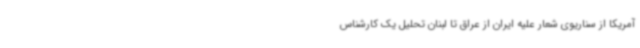
آمریکا از سناریوی شعار علیه ایران از عراق تا لبنان تحلیل یک کارشناس